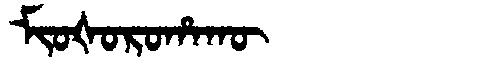
Manchu: ᠮᡳᠣᡧᠣᡵᠣᡥᠠᡴᡡ
Romanization: MIOŠOROHAKŪ